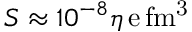
S \approx 1 0 ^ { - 8 } \eta \ensuremath { \, \mathrm { e \, f m ^ { 3 } } }